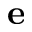
{ \mathbf e }